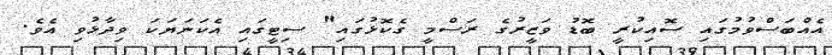
އެއްބަސްވުމުގައި ސޮއިކުރީ ބޮޑު ވަޒީރުގެ ރަސްމީ ގެކޮޅުގައި" ސިޓީގައި އެކަނަޔަކަ ވިދާޅުވި އެވެ.